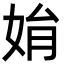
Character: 姢